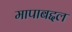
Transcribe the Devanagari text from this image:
मापाबद्दल